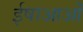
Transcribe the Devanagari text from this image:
ईषाआओं